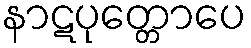
နာဋပုတ္တောပေ